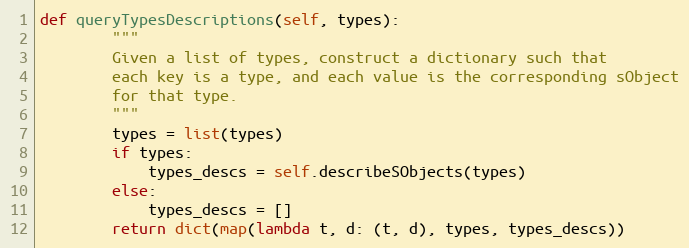
Language: Python
def queryTypesDescriptions(self, types):
        """
        Given a list of types, construct a dictionary such that
        each key is a type, and each value is the corresponding sObject
        for that type.
        """
        types = list(types)
        if types:
            types_descs = self.describeSObjects(types)
        else:
            types_descs = []
        return dict(map(lambda t, d: (t, d), types, types_descs))